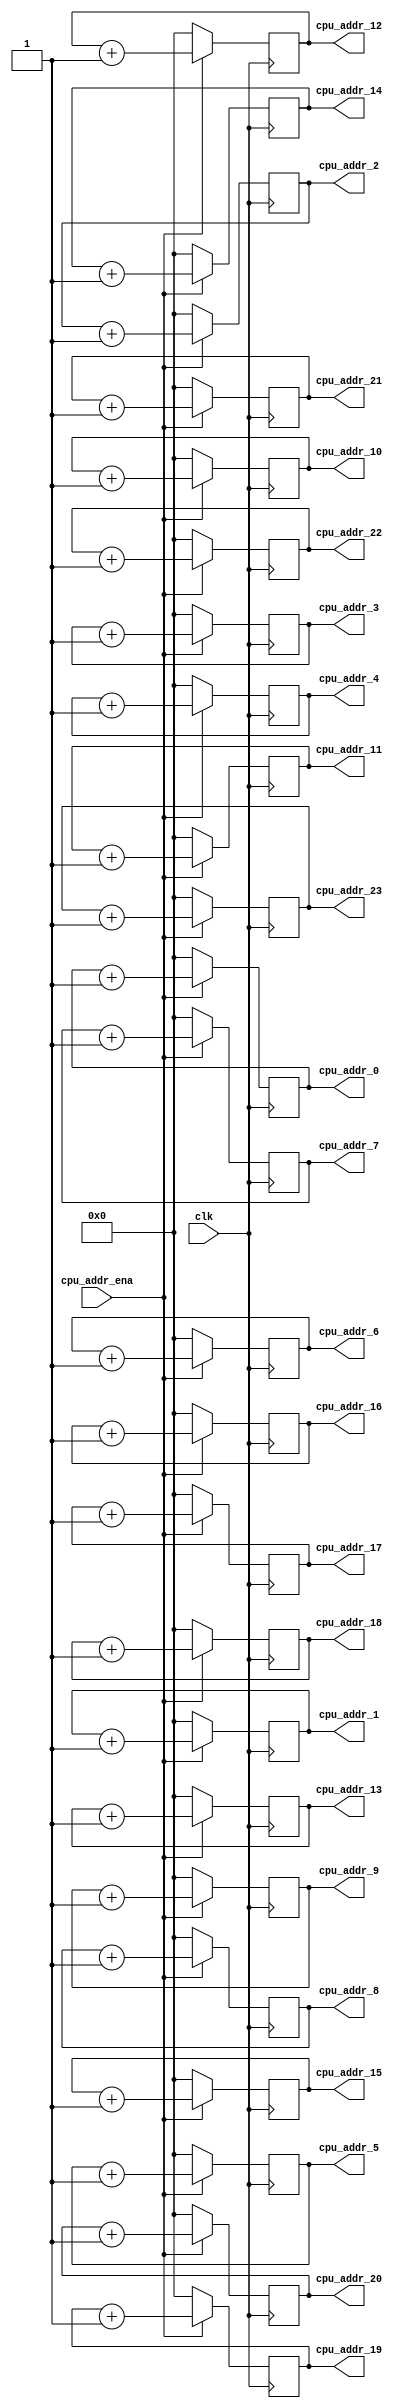
module cpu_addr_gen #( 
	parameter ADDR_WIDTH = 8
)(
	input clk,    // Clock
	input cpu_addr_ena,

	output reg [ADDR_WIDTH-1:0] cpu_addr_0 ,
	output reg [ADDR_WIDTH-1:0] cpu_addr_1 ,
	output reg [ADDR_WIDTH-1:0] cpu_addr_2 ,
	output reg [ADDR_WIDTH-1:0] cpu_addr_3 ,
	output reg [ADDR_WIDTH-1:0] cpu_addr_4 ,
	output reg [ADDR_WIDTH-1:0] cpu_addr_5 ,
	output reg [ADDR_WIDTH-1:0] cpu_addr_6 ,
	output reg [ADDR_WIDTH-1:0] cpu_addr_7 ,
	output reg [ADDR_WIDTH-1:0] cpu_addr_8 ,
	output reg [ADDR_WIDTH-1:0] cpu_addr_9 ,
	output reg [ADDR_WIDTH-1:0] cpu_addr_10,
	output reg [ADDR_WIDTH-1:0] cpu_addr_11,
	output reg [ADDR_WIDTH-1:0] cpu_addr_12,
	output reg [ADDR_WIDTH-1:0] cpu_addr_13,
	output reg [ADDR_WIDTH-1:0] cpu_addr_14,
	output reg [ADDR_WIDTH-1:0] cpu_addr_15,
	output reg [ADDR_WIDTH-1:0] cpu_addr_16,
	output reg [ADDR_WIDTH-1:0] cpu_addr_17,
	output reg [ADDR_WIDTH-1:0] cpu_addr_18,
	output reg [ADDR_WIDTH-1:0] cpu_addr_19,
	output reg [ADDR_WIDTH-1:0] cpu_addr_20,
	output reg [ADDR_WIDTH-1:0] cpu_addr_21,
	output reg [ADDR_WIDTH-1:0] cpu_addr_22,
	output reg [ADDR_WIDTH-1:0] cpu_addr_23
	
);

always @(posedge clk) begin
	if (cpu_addr_ena == 1'b1)  begin
		cpu_addr_0 <= cpu_addr_0 + 1'b1;
	end
	else
		cpu_addr_0 <= 0;
end

always @(posedge clk) begin
	if (cpu_addr_ena == 1'b1)  begin
		cpu_addr_1 <= cpu_addr_1 + 1'b1;
	end
	else
		cpu_addr_1 <= 0;
end

always @(posedge clk) begin
	if (cpu_addr_ena == 1'b1)  begin
		cpu_addr_2 <= cpu_addr_2 + 1'b1;
	end
	else
		cpu_addr_2 <= 0;
end

always @(posedge clk) begin
	if (cpu_addr_ena == 1'b1)  begin
		cpu_addr_3 <= cpu_addr_3 + 1'b1;
	end
	else
		cpu_addr_3 <= 0;
end

always @(posedge clk) begin
	if (cpu_addr_ena == 1'b1)  begin
		cpu_addr_4 <= cpu_addr_4 + 1'b1;
	end
	else
		cpu_addr_4 <= 0;
end

always @(posedge clk) begin
	if (cpu_addr_ena == 1'b1)  begin
		cpu_addr_5 <= cpu_addr_5 + 1'b1;
	end
	else
		cpu_addr_5 <= 0;
end

always @(posedge clk) begin
	if (cpu_addr_ena == 1'b1)  begin
		cpu_addr_6 <= cpu_addr_6 + 1'b1;
	end
	else
		cpu_addr_6 <= 0;
end

always @(posedge clk) begin
	if (cpu_addr_ena == 1'b1)  begin
		cpu_addr_7 <= cpu_addr_7 + 1'b1;
	end
	else
		cpu_addr_7 <= 0;
end

always @(posedge clk) begin
	if (cpu_addr_ena == 1'b1)  begin
		cpu_addr_8 <= cpu_addr_8 + 1'b1;
	end
	else
		cpu_addr_8 <= 0;
end

always @(posedge clk) begin
	if (cpu_addr_ena == 1'b1)  begin
		cpu_addr_9 <= cpu_addr_9 + 1'b1;
	end
	else
		cpu_addr_9 <= 0;
end

always @(posedge clk) begin
	if (cpu_addr_ena == 1'b1)  begin
		cpu_addr_10 <= cpu_addr_10 + 1'b1;
	end
	else
		cpu_addr_10 <= 0;
end

always @(posedge clk) begin
	if (cpu_addr_ena == 1'b1)  begin
		cpu_addr_11 <= cpu_addr_11 + 1'b1;
	end
	else
		cpu_addr_11 <= 0;
end

always @(posedge clk) begin
	if (cpu_addr_ena == 1'b1)  begin
		cpu_addr_12 <= cpu_addr_12 + 1'b1;
	end
	else
		cpu_addr_12 <= 0;
end

always @(posedge clk) begin
	if (cpu_addr_ena == 1'b1)  begin
		cpu_addr_13 <= cpu_addr_13 + 1'b1;
	end
	else
		cpu_addr_13 <= 0;
end

always @(posedge clk) begin
	if (cpu_addr_ena == 1'b1)  begin
		cpu_addr_14 <= cpu_addr_14 + 1'b1;
	end
	else
		cpu_addr_14 <= 0;
end

always @(posedge clk) begin
	if (cpu_addr_ena == 1'b1)  begin
		cpu_addr_15 <= cpu_addr_15 + 1'b1;
	end
	else
		cpu_addr_15 <= 0;
end

always @(posedge clk) begin
	if (cpu_addr_ena == 1'b1)  begin
		cpu_addr_16 <= cpu_addr_16 + 1'b1;
	end
	else
		cpu_addr_16 <= 0;
end

always @(posedge clk) begin
	if (cpu_addr_ena == 1'b1)  begin
		cpu_addr_17 <= cpu_addr_17 + 1'b1;
	end
	else
		cpu_addr_17 <= 0;
end

always @(posedge clk) begin
	if (cpu_addr_ena == 1'b1)  begin
		cpu_addr_18 <= cpu_addr_18 + 1'b1;
	end
	else
		cpu_addr_18 <= 0;
end

always @(posedge clk) begin
	if (cpu_addr_ena == 1'b1)  begin
		cpu_addr_19 <= cpu_addr_19 + 1'b1;
	end
	else
		cpu_addr_19 <= 0;
end

always @(posedge clk) begin
	if (cpu_addr_ena == 1'b1)  begin
		cpu_addr_20 <= cpu_addr_20 + 1'b1;
	end
	else
		cpu_addr_20 <= 0;
end

always @(posedge clk) begin
	if (cpu_addr_ena == 1'b1)  begin
		cpu_addr_21 <= cpu_addr_21 + 1'b1;
	end
	else
		cpu_addr_21 <= 0;
end

always @(posedge clk) begin
	if (cpu_addr_ena == 1'b1)  begin
		cpu_addr_22 <= cpu_addr_22 + 1'b1;
	end
	else
		cpu_addr_22 <= 0;
end

always @(posedge clk) begin
	if (cpu_addr_ena == 1'b1)  begin
		cpu_addr_23 <= cpu_addr_23 + 1'b1;
	end
	else
		cpu_addr_23 <= 0;
end

endmodule